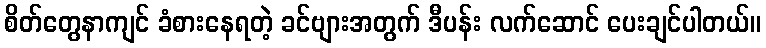
စိတ်တွေနာကျင် ခံစားနေရတဲ့ ခင်ဗျားအတွက် ဒီပန်း လက်ဆောင် ပေးချင်ပါတယ်။